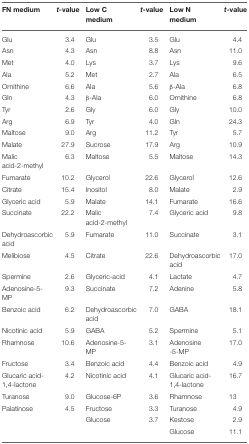
<table><thead><tr><td><b>FN medium</b></td><td><b><i>t-</i>value</b></td><td><b>Low C medium</b></td><td><b><i>t</i>-value</b></td><td><b>Low N medium</b></td><td><b><i>t</i>-value</b></td></tr></thead><tbody><tr><td>Glu</td><td>3.4</td><td>Glu</td><td>3.5</td><td>Glu</td><td>4.4</td></tr><tr><td>Asn</td><td>4.3</td><td>Asn</td><td>8.8</td><td>Asn</td><td>11.0</td></tr><tr><td>Met</td><td>4.0</td><td>Lys</td><td>3.7</td><td>Lys</td><td>9.6</td></tr><tr><td>Ala</td><td>5.2</td><td>Met</td><td>2.7</td><td>Ala</td><td>6.5</td></tr><tr><td>Ornithine</td><td>6.6</td><td>Ala</td><td>5.6</td><td>β-Ala</td><td>6.8</td></tr><tr><td>Gln</td><td>4.3</td><td>β-Ala</td><td>6.0</td><td>Ornithine</td><td>6.8</td></tr><tr><td>Tyr</td><td>2.6</td><td>Gly</td><td>6.0</td><td>Gly</td><td>10.0</td></tr><tr><td>Arg</td><td>6.9</td><td>Tyr</td><td>4.0</td><td>Gln</td><td>24.3</td></tr><tr><td>Maltose</td><td>9.0</td><td>Arg</td><td>11.2</td><td>Tyr</td><td>5.7</td></tr><tr><td>Malate</td><td>27.9</td><td>Sucrose</td><td>17.9</td><td>Arg</td><td>10.9</td></tr><tr><td>Malic acid-2-methyl</td><td>6.3</td><td>Maltose</td><td>5.5</td><td>Maltose</td><td>14.3</td></tr><tr><td>Fumarate</td><td>10.2</td><td>Glycerol</td><td>22.6</td><td>Glycerol</td><td>12.6</td></tr><tr><td>Citrate</td><td>15.4</td><td>Inositol</td><td>8.0</td><td>Malate</td><td>2.9</td></tr><tr><td>Glyceric acid</td><td>5.9</td><td>Malate</td><td>14.1</td><td>Fumarate</td><td>16.6</td></tr><tr><td>Succinate</td><td>22.2</td><td>Malic acid-2-methyl</td><td>7.4</td><td>Glyceric acid</td><td>9.8</td></tr><tr><td>Dehydroascorbic acid</td><td>5.9</td><td>Fumarate</td><td>11.0</td><td>Succinate</td><td>3.1</td></tr><tr><td>Melibiose</td><td>4.5</td><td>Citrate</td><td>22.6</td><td>Dehydroascorbic acid</td><td>17.0</td></tr><tr><td>Spermine</td><td>2.6</td><td>Glyceric-acid</td><td>4.1</td><td>Lactate</td><td>4.7</td></tr><tr><td>Adenosine-5-MP</td><td>9.3</td><td>Succinate</td><td>7.2</td><td>Adenine</td><td>5.8</td></tr><tr><td>Benzoic acid</td><td>6.2</td><td>Dehydroascorbic acid</td><td>7.0</td><td>GABA</td><td>18.1</td></tr><tr><td>Nicotinic acid</td><td>5.9</td><td>GABA</td><td>5.2</td><td>Spermine</td><td>5.1</td></tr><tr><td>Rhamnose</td><td>10.6</td><td>Adenosine-5-MP</td><td>3.1</td><td>Adenosine -5-MP</td><td>17.0</td></tr><tr><td>Fructose</td><td>3.4</td><td>Benzoic acid</td><td>4.4</td><td>Benzoic acid</td><td>4.9</td></tr><tr><td>Glucaric acid-1,4-lactone</td><td>4.2</td><td>Nicotinic acid</td><td>4.1</td><td>Glucaric acid-1,4-lactone</td><td>16.7</td></tr><tr><td>Turanose</td><td>9.0</td><td>Glucose-6P</td><td>3.6</td><td>Rhamnose</td><td>13</td></tr><tr><td>Palatinose</td><td>4.5</td><td>Fructose</td><td>3.3</td><td>Turanose</td><td>4.9</td></tr><tr><td></td><td></td><td>Glucose</td><td>3.7</td><td>Kestose</td><td>2.9</td></tr><tr><td></td><td></td><td></td><td></td><td>Glucose</td><td>11.1</td></tr></tbody></table>